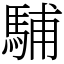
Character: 䮒